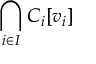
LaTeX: \bigcap _ { i \in I } C _ { i } [ v _ { i } ]